Vaccination in Burma 1889-1999 - 1889-1999
Year: 1889
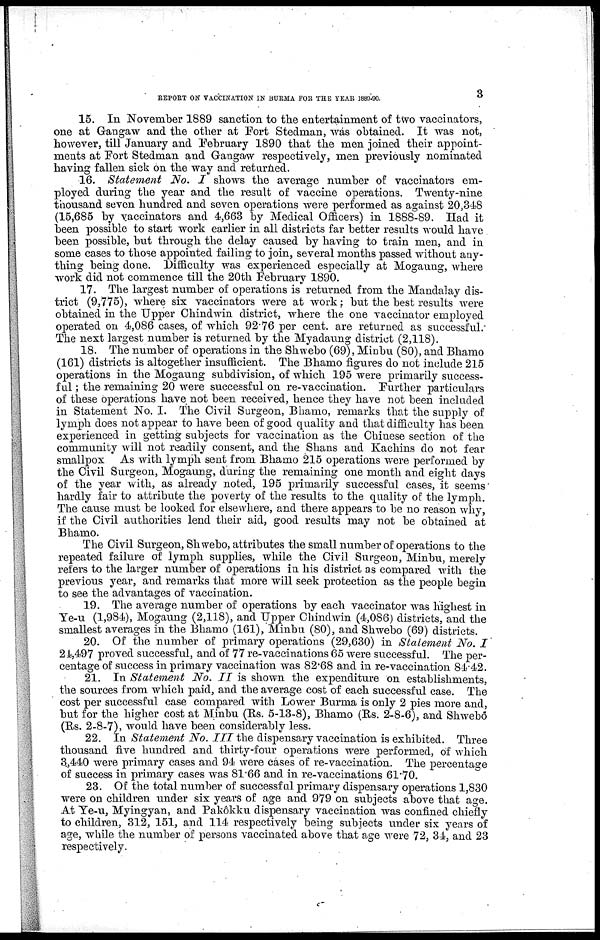
3
REPORT ON VACCINATION IN BURMA FOR THE YEAR 1880-90.
15. In November 1889 sanction to the entertainment of two vaccinators,
one at Gangaw and the other at Fort Stedman, was obtained. It was not,
however, till January and February 1890 that the men joined their appoint-
ments at Fort Stedman and Gangaw respectively, men previously nominated
having fallen sick on the way and returned.
16. Statement No. I shows the average number of vaccinators em-
ployed during the year and the result of vaccine operations. Twenty-nine
thousand seven hundred and seven operations were performed as against 20,348
(15,685 by vaccinators and 4,663 by Medical Officers) in 1888-89. Had it
been possible to start work earlier in all districts far better results would have
been possible, but through the delay caused by having to train men, and in
some cases to those appointed failing to join, several months passed without any-
thing being done. Difficulty was experienced especially at Mogaung, where
work did not commence till the 20th February 1890.
17. The largest number of operations is returned from the Mandalay dis-
trict (9,775), where six vaccinators were at work; but the best results were
obtained in the Upper Chindwin district, where the one vaccinator employed
operated on 4,086 cases, of which 92.76 per cent. are returned as successful.
The next largest number is returned by the Myadaung district (2,118).
18. The number of operations in the Shwebo (69), Minbu (80), and Bhamo
(161) districts is altogether insufficient. The Bhamo figures do not include 215
operations in the Mogaung subdivision, of which 195 were primarily success-
ful ; the remaining 20 were successful on re-vaccination. Further particulars
of these operations have not been received, hence they have not been included
in Statement No. I. The Civil Surgeon, Bhamo, remarks that the supply of
lymph does not appear to have been of good quality and that difficulty has been
experienced in getting subjects for vaccination as the Chinese section of the
community will not readily consent, and the Shans and Kachins do not fear
smallpox As with lymph sent from Bhamo 215 operations were performed by
the Civil Surgeon, Mogaung, during the remaining one month and eight days
of the year with, as already noted, 195 primarily successful cases, it seems
hardly fair to attribute the poverty of the results to the quality of the lymph.
The cause must be looked for elsewhere, and there appears to be no reason why,
if the Civil authorities lend their aid, good results may not be obtained at
Bhamo.
The Civil Surgeon, Shwebo, attributes the small number of operations to the
repeated failure of lymph supplies, while the Civil Surgeon, Minbu, merely
refers to the larger number of operations in his district as compared with the
previous year, and remarks that more will seek protection as the people begin
to see the advantages of vaccination.
19. The average number of operations by each vaccinator was highest in
Ye-u (1,984), Mogaung (2,118), and Upper Chindwin (4,086) districts, and the
smallest averages in the Bhamo (161), Minbu (80), and Shwebo (69) districts.
20. Of the number of primary operations (29,630) in Statement No. I
24,497 proved successful, and of 77 re-vaccinations 65 were successful. The per-
centage of success in primary vaccination was 82.68 and in re-vaccination 84.42.
21. In Statement No. II is shown the expenditure on establishments,
the sources from which paid, and the average cost of each successful case. The
cost per successful case compared with Lower Burma is only 2 pies more and,
but for the higher cost at Minbu (Rs. 5-13-8), Bhamo (Rs. 2-8-6), and Shwebo
(Rs. 2-8-7), would have been considerably less.
22. In Statement No. III the dispensary vaccination is exhibited. Three
thousand five hundred and thirty-four operations were performed, of which
3,440 were primary cases and 94 were cases of re-vaccination. The percentage
of success in primary cases was 81.66 and in re-vaccinations 61.70.
23. Of the total number of successful primary dispensary operations 1,830
were on children under six years of age and 979 on subjects above that age.
At Ye-u, Myingyan, and Pakôkku dispensary vaccination was confined chiefly
to children, 312, 151, and 114 respectively being subjects under six years of
age, while the number of persons vaccinated above that age were 72, 34, and 23
respectively.